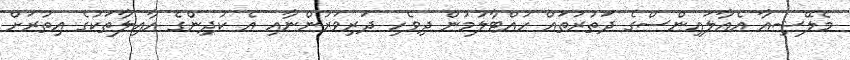
މެލޭޝިއާ އެއާލައިންސްގެ ދަތުރުތައް ހުއްޓާލުމުން ދިވެހި ދަރިވަރުންނާއި އެ ކުދިންގެ އާއިލާތަކުގެ އިތުރަށް